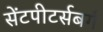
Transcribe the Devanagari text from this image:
सेंटपीटर्सबर्ग